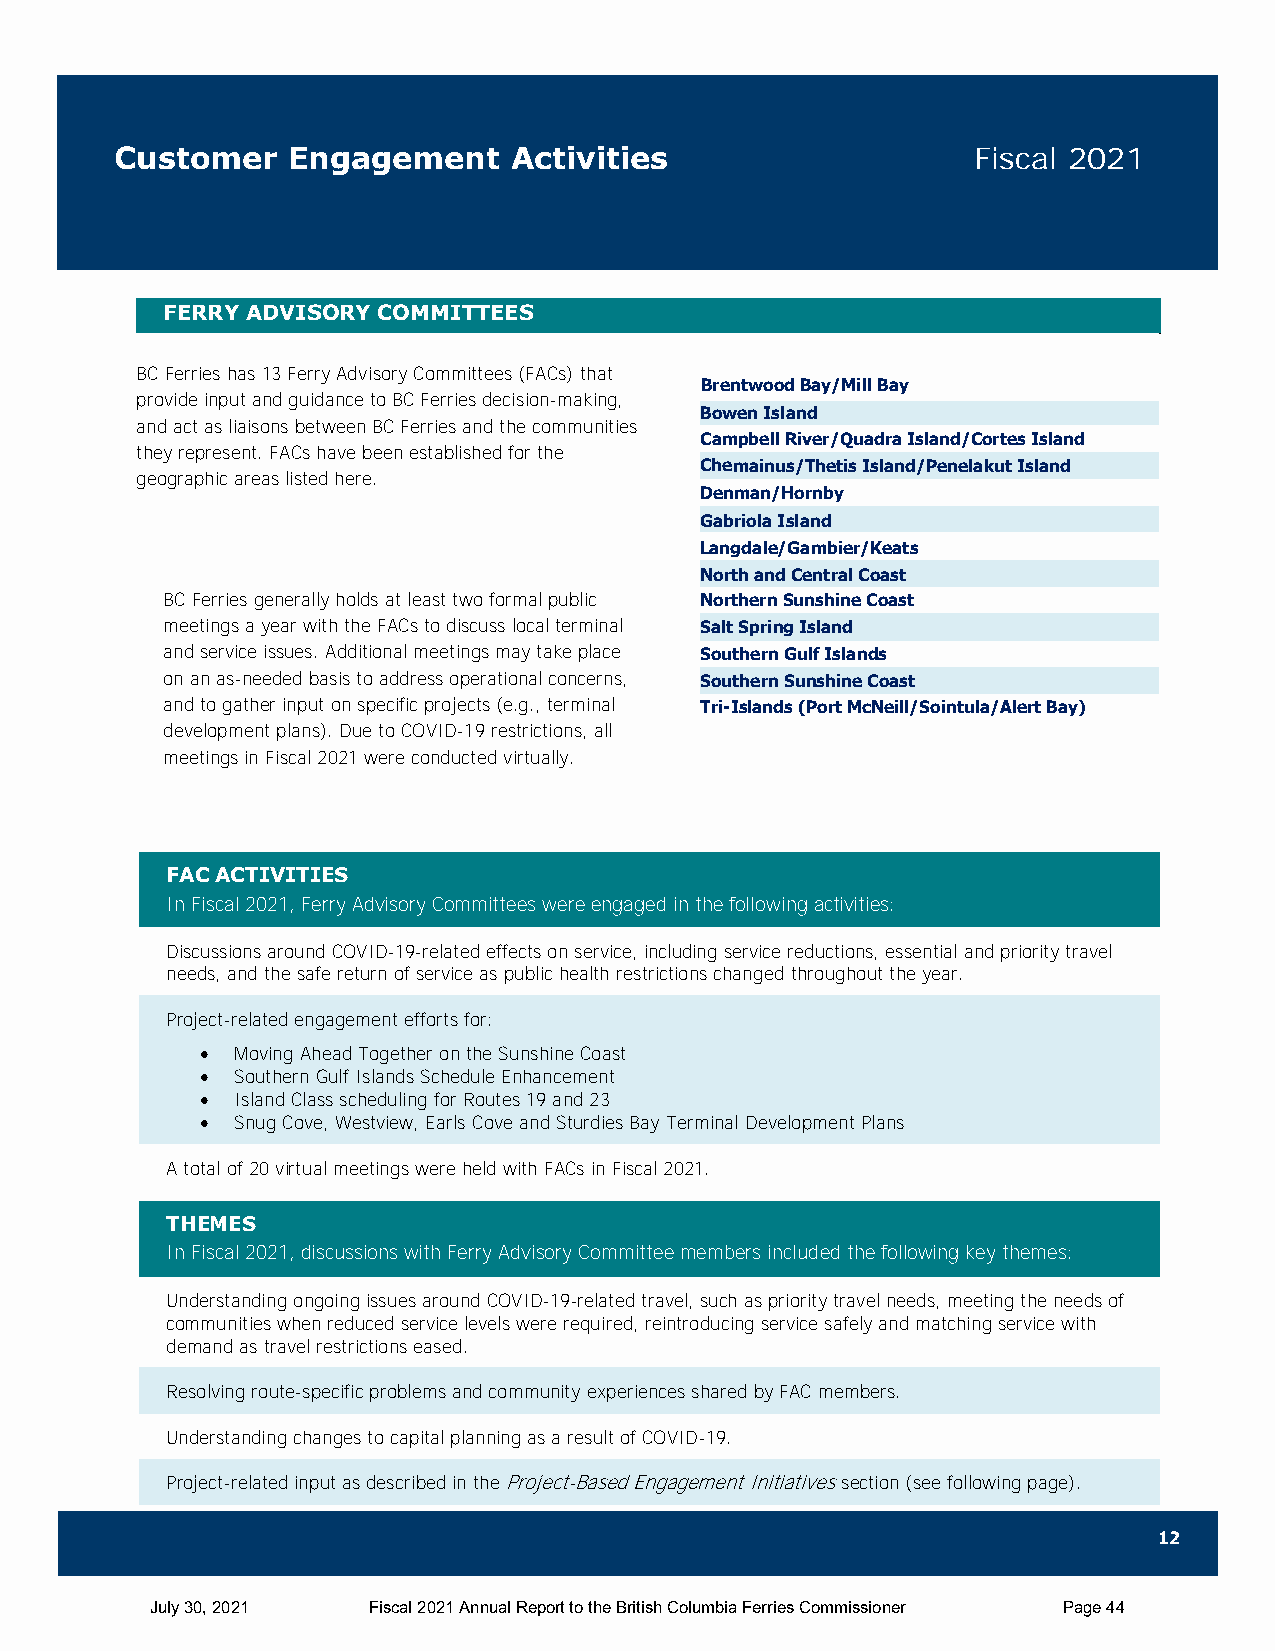
C ustomer  Engagement     Activities                    Fiscal 2021
 FERRY ADVISORY COMMITTEES
 BC Ferries has 13 Ferry Advisory Committees (FACs) that
 Brentwood Bay/Mill Bay
 provide input and guidance to BC Ferries decision-making, Bowen Island
 Bowen Island
 and act as liaisons between BC Ferries and the communities
 Campbell River/Quadra Island/Cortes Island
 they represent. FACs have been established for the
 Chemainus/Thetis Island/Penelakut Island
 geographic areas listed here.
 Denman/Hornby
 Gabriola Island
 Langdale/Gambier/Keats
 North and Central Coast
 BC Ferries generally holds at least two formal public Northern Sunshine Coast
 meetings a year with the FACs to discuss local terminal Salt Spring Island
 and service issues. Additional meetings may take place Southern Gulf Islands
 on an as-needed basis to address operational concerns, Southern Sunshine Coast
 and to gather input on specific projects (e.g., terminal Tri-Islands (Port McNeill/Sointula/Alert Bay)
 development plans). Due to COVID-19 restrictions, all
 meetings in Fiscal 2021 were conducted virtually.
 FAC ACTIVITIES
 In Fiscal 2021, Ferry Advisory Committees were engaged in the following activities:
 Discussions around COVID-19-related effects on service, including service reductions, essential and priority travel
 needs, and the safe return of service as public health restrictions changed throughout the year.
 Project-related engagement efforts for:
   Moving Ahead Together on the Sunshine Coast
   Southern Gulf Islands Schedule Enhancement
   Island Class scheduling for Routes 19 and 23
   Snug Cove, Westview, Earls Cove and Sturdies Bay Terminal Development Plans
 A total of 20 virtual meetings were held with FACs in Fiscal 2021.
 THEMES
 In Fiscal 2021, discussions with Ferry Advisory Committee members included the following key themes:
 Understanding ongoing issues around COVID-19-related travel, such as priority travel needs, meeting the needs of
 communities when reduced service levels were required, reintroducing service safely and matching service with
 demand as travel restrictions eased.
 Resolving route-specific problems and community experiences shared by FAC members.
 Understanding changes to capital planning as a result of COVID-19.
 Project-related input as described in the Project-Based Engagement Initiatives section (see following page).
 12
 July 30, 2021 Fiscal 2021 Annual Report to the British Columbia Ferries Commissioner Page 44